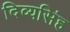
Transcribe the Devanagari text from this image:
दिव्यसिंह